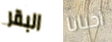
البقر أحيانا